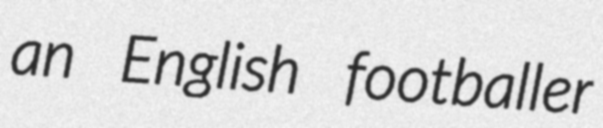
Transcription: an English footballer